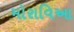
મોરાવિઆ